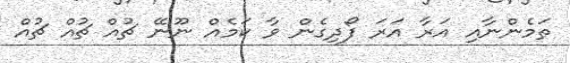
ތަމެންނާއި އަރާ އަރަ ފޯދިގެން ވާ ކަމެއް ނޫނޭ ޗުއް ޗުއް ޗުއް